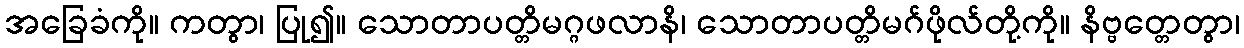
အခြေခံကို။ ကတွာ၊ ပြု၍။ သောတာပတ္တိမဂ္ဂဖလာနိ၊ သောတာပတ္တိမဂ်ဖိုလ်တို့ကို။ နိဗ္ဗတ္တေတွာ၊